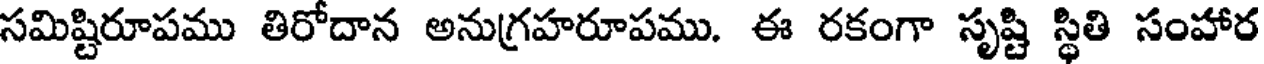
సమిష్టిరూపము తిరోదాన అనుగ్రహరూపము. ఈ రకంగా సృష్టి స్థితి సంహార